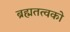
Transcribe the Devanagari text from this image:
ब्रह्मतत्वको